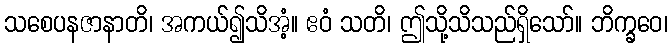
သစေပနဇာနာတိ၊ အကယ်၍သိအံ့။ ဧဝံ သတိ၊ ဤသို့သိသည်ရှိသော်။ ဘိက္ခဝေ၊